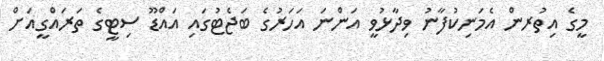
މީގެ އިތުރން އެމަނިކުފާނު ވިދާޅުވީ އަންނަ އަހަރުގެ ބަޖެޓުގައި އައްޑޫ ސިޓީގެ ތަރައްގީއަށް